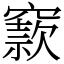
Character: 窾